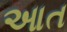
આત